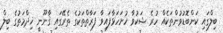
ބިލްގައި ކަންބޮޑުވުންތަކެއް ހުރެ ޝަކުވާ ހުށަހަޅާފައިވާ ފަރާތްތަކުގެ ތެރޭގައި ޤާނޫނީ ޚިދްމަތުގެ ބިލް